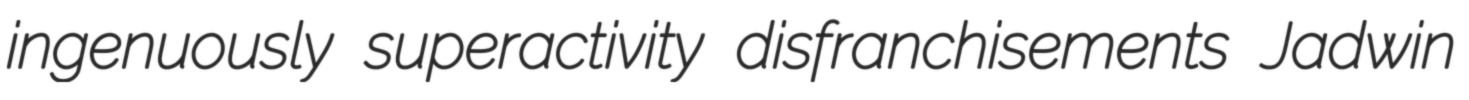
ingenuously superactivity disfranchisements Jadwin